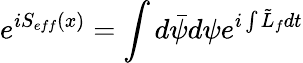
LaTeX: e^{iS_{eff}(x)}=\int d\bar{\psi}d\psi e^{i\int\tilde{L}_{f}dt}